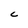
Character: c